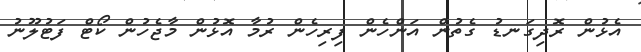
އެޅުން ރޮދިގަނޑު ގެތުން އަންހެން ފިރިހެން ރުމާ އޮޅުން މާޖެހުން ކޯޓް ފަޓުލޫނު